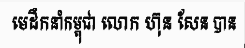
មេដឹកនាំកម្ពុជា លោក ហ៊ុន សែន បាន